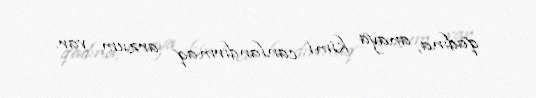
qadına, anaya kimi canlandırmaq arzum var.